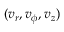
( v _ { r } , v _ { \phi } , v _ { z } )